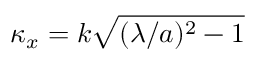
\kappa _ { x } = k \sqrt { ( \lambda / a ) ^ { 2 } - 1 }